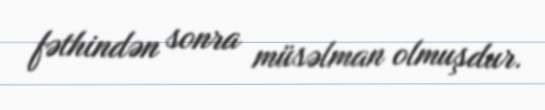
fəthindən sonra müsəlman olmuşdur.